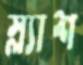
স্ল্যাশ